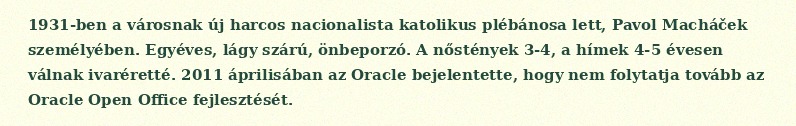
1931-ben a városnak új harcos nacionalista katolikus plébánosa lett, Pavol Macháček személyében. Egyéves, lágy szárú, önbeporzó. A nőstények 3-4, a hímek 4-5 évesen válnak ivaréretté. 2011 áprilisában az Oracle bejelentette, hogy nem folytatja tovább az Oracle Open Office fejlesztését.